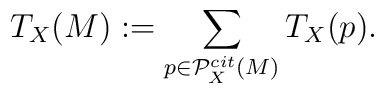
T_X(M):=\sum_{p\in {\cal P}_X^{cit}(M)}T_X(p).